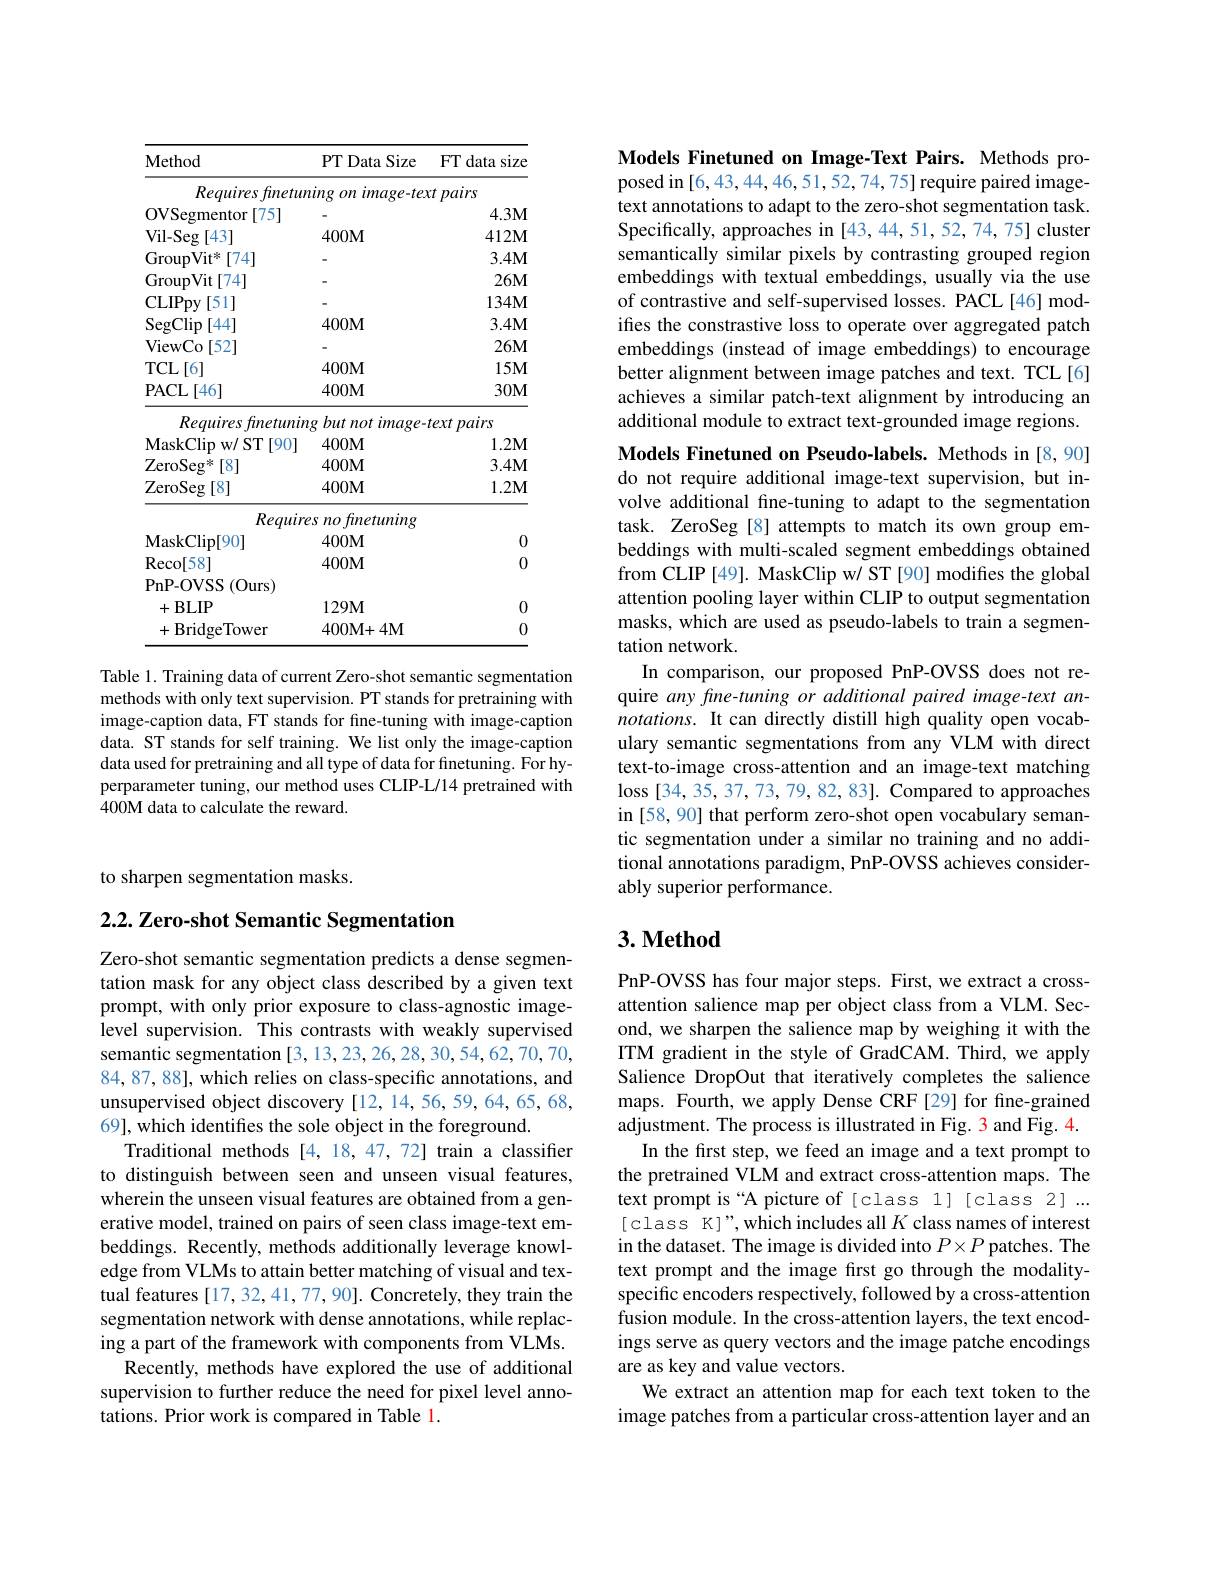
to sharpen segmentation masks.

## $2. 2. \textbf{ Zero- shot Semantic Segmentation}$

Zero-shot semantic segmentation predicts a dense segmentation mask for any object class described by a given text prompt, with only prior exposure to class-agnostic imagelevel supervision. This contrasts with weakly supervised semantic segmentation [3,13,23,26,28,30,54,62,70,70, 84,87,88], which relies on class-specific annotations, and unsupervised object discovery [12, 14, 56, 59, 64, 65, 68, 69], which identifies the sole object in the foreground
Traditional methods [4,18,47,72] train a classifier to distinguish between seen and unseen visual features, wherein the unseen visual features are obtained from a generative model, trained on pairs of seen class image-text embeddings. Recently, methods additionally leverage knowledge from VLMs to attain better matching of visual and textual features [17, 32, 41, 77, 90]. Concretely, they train the segmentation network with dense annotations, while replacing a part of the framework with components from VLMs.
Recently, methods have explored the use of additional supervision to further reduce the need for pixel level annotations. Prior work is compared in Table l

<table>
	<tbody>
		<tr>
			<th>$\mathbf{Method}$</th>
			<th>PT Data Size 1</th>
			<th>data size $FT$</th>
		</tr>
		<tr>
			<td>Requiresfinetu</td>
			<td>ning $image-tex$ $on$</td>
			<td>pairs $ct$</td>
		</tr>
		<tr>
			<td>OVSegmentor [75]</td>
			<td> </td>
			<td>$4.3\mathbf{M}$</td>
		</tr>
		<tr>
			<td>Vil- Seg $\frac{\mathbf{I}}{5}[43]$</td>
			<td>$400M$</td>
			<td>$412M$</td>
		</tr>
		<tr>
			<td>$\mathrm{GroupVit}^{*}$ [74]</td>
			<td> </td>
			<td>$3.4M$</td>
		</tr>
		<tr>
			<td>GroupVit $t[74]$</td>
			<td> </td>
			<td>$26M$</td>
		</tr>
		<tr>
			<td>CLIPpy[ 51] </td>
			<td> </td>
			<td>$134M$</td>
		</tr>
		<tr>
			<td>$\operatorname{SegClip}$ [44]</td>
			<td>$400M$</td>
			<td>$3.4M$</td>
		</tr>
		<tr>
			<td>ViewCo[ 52] </td>
			<td> </td>
			<td>$26M$</td>
		</tr>
		<tr>
			<td>$\operatorname{TCL}[6]$</td>
			<td>$400M$</td>
			<td>$15M$</td>
		</tr>
		<tr>
			<td>PACL$\left [ 46\right ]$</td>
			<td>$400M$</td>
			<td>$30M$</td>
		</tr>
		<tr>
			<td>Reaui $f_{mc}$</td>
			<td>$but\textit{not image}$ 1</td>
			<td>$\varrho Yt$ mairs</td>
		</tr>
		<tr>
			<td>$\mathbf{MaskClin}$ $v/\mathbf{ST}$ [90]</td>
			<td>$400M$</td>
			<td>1 ${\mathcal{O} }_{\mathrm{M} }$</td>
		</tr>
		<tr>
			<td>$7_{\mathrm{eroSeo}}$ [8]</td>
			<td>400M</td>
			<td>3.. A</td>
		</tr>
		<tr>
			<td>ZeroSeg 5[8]</td>
			<td>$400M$</td>
			<td>$1.2\mathbf{M}$</td>
		</tr>
		<tr>
			<td>Requir</td>
			<td>fnetuning esno</td>
			<td> </td>
		</tr>
		<tr>
			<td>MaskClip[ 90] </td>
			<td>$400M$</td>
			<td>0</td>
		</tr>
		<tr>
			<td>Reco[ 58] </td>
			<td>$400M$</td>
			<td>0</td>
		</tr>
		<tr>
			<td>PnP- OVSS (Ours)</td>
			<td> </td>
			<td> </td>
		</tr>
		<tr>
			<td>+BLIP</td>
			<td>$129M$</td>
			<td>0</td>
		</tr>
		<tr>
			<td>+BridgeTower</td>
			<td>400M+ 4M</td>
			<td>0</td>
		</tr>
	</tbody>
</table>
Table 1. Training data of current Zero-shot semantic segmentation

methods with only text supervision. PT stands for pretraining with image-caption data, FT stands for fine-tuning with image-caption data. ST stands for self training. We list only the image-caption data used for pretraining and all type of data for finetuning. For hyperparameter tuning, our method uses CLIP-L/14 pretrained with 400M data to calculate the reward.

Models Finetuned on Image-Text Pairs. Methods proposed in [6,43,44,46,51,52,74,75] require paired imagetext annotations to adapt to the zero-shot segmentation task Specifically, approaches in [43, 44, 51, 52, 74, 75] cluster semantically similar pixels by contrasting grouped region embeddings with textual embeddings, usually via the use of contrastive and self-supervised losses. PACL[46] modiftes the constrastive loss to operate over aggregated patch embeddings (instead of image embeddings) to encourage better alignment between image patches and text. TCL[6] achieves a similar patch-text alignment by introducing an additional module to extract text-grounded image regions.

Models Finetuned on Pseudo-labels. Methods in [8,90] do not require additional image-text supervision, but involve additional fine-tuning to adapt to the segmentation task. ZeroSeg[8] attempts to match its own group embeddings with multi-scaled segment embeddings obtained from CLIP [49]. MaskClip w/ ST [90] modifies the global attention pooling layer within CLIP to output segmentation masks, which are used as pseudo-labels to train a segmentation network.
In comparison, our proposed PnP-OVSS does not require any fine-tuning or additional paired image-text annotations. It can directly distill high quality open vocabulary semantic segmentations from any VLM with direct text-to-image cross-attention and an image-text matching loss [34, 35, 37, 73, 79, 82, 83]. Compared to approaches in [58,90] that perform zero-shot open vocabulary semantic segmentation under a similar no training and no additional annotations paradigm, PnP-OVSS achieves considerably superior performance.

## $3. \textbf{Method}$

PnP-OVSS has four major steps. First, we extract a crossattention salience map per object class from a VLM. Second, we sharpen the salience map by weighing it with the ITM gradient in the style of GradCAM. Third, we apply Salience DropOut that iteratively completes the salience maps. Fourth, we apply Dense CRF[29] for fine-grained adjustment. The process is illustrated in Fig. 3 and Fig. 4.
In the first step, we feed an image and a text prompt to the pretrained VLM and extract cross-attention maps. The text prompt is “A picture of [class 1] [class 2] ... [class K]",which includes all $K$ class names of interest in the dataset. The image is divided into $P\times P$ patches. The text prompt and the image first go through the modalityspecific encoders respectively, followed by a cross-attention fusion module. In the cross-attention layers, the text encodings serve as query vectors and the image patche encodings are as key and value vectors.
We extract an attention map for each text token to the image patches from a particular cross-attention layer and an